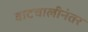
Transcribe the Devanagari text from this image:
वाटचालीनंतर